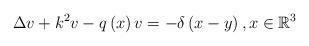
LaTeX: \begin{align*}\Delta v+k^{2}v-q\left( x\right) v=-\delta \left( x-y\right) ,x\in \mathbb{R}^{3} \end{align*}